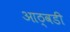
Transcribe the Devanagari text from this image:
आठ्वडी